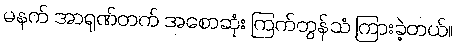
မနက် အာရုဏ်တက် အစောဆုံး ကြက်တွန်သံ ကြားခဲ့တယ်။